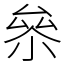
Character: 㕘